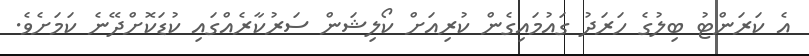
އެ ކަރަންޓު ބިލުގެ ހަރަދު ގައުމައިގެން ކުރިއަށް ކޯލިޝަން ސަރުކާރެއްގައި ކުޑަކޮށްދޭނެ ކަމަށެވެ.